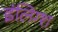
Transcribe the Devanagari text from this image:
इंलिग्श